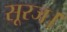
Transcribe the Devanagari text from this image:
सूरज।